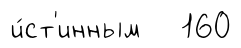
и́ст'инным 160